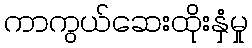
ကာကွယ်ဆေးထိုးနှံမှု